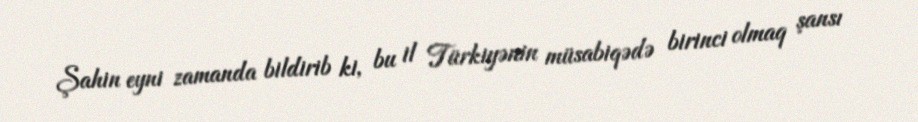
Şahin eyni zamanda bildirib ki, bu il Türkiyənin müsabiqədə birinci olmaq şansı